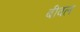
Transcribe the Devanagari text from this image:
बीवल